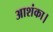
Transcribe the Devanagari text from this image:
आशंका।